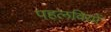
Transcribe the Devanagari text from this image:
पहलवियों